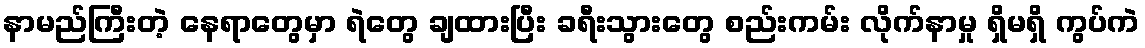
နာမည်ကြီးတဲ့ နေရာတွေမှာ ရဲတွေ ချထားပြီး ခရီးသွားတွေ စည်းကမ်း လိုက်နာမှု ရှိမရှိ ကွပ်ကဲ